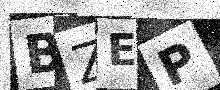
Text: BZEP